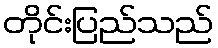
တိုင်းပြည်သည်